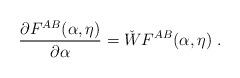
LaTeX: \begin{align*}\frac{\partial F^{AB}(\alpha,\eta)}{\partial \alpha}=\check{W}F^{AB}(\alpha,\eta)\;.\end{align*}